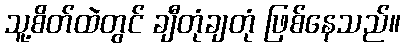
သူ့စိတ်ထဲတွင် ချီတုံချတုံ ဖြစ်နေသည်။